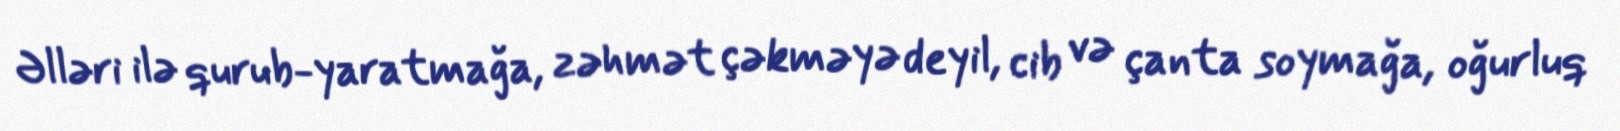
Əlləri ilə qurub-yaratmağa, zəhmət çəkməyə deyil, cib və çanta soymağa, oğurluq